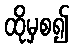
ထိုမှစ၍